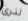
لنري